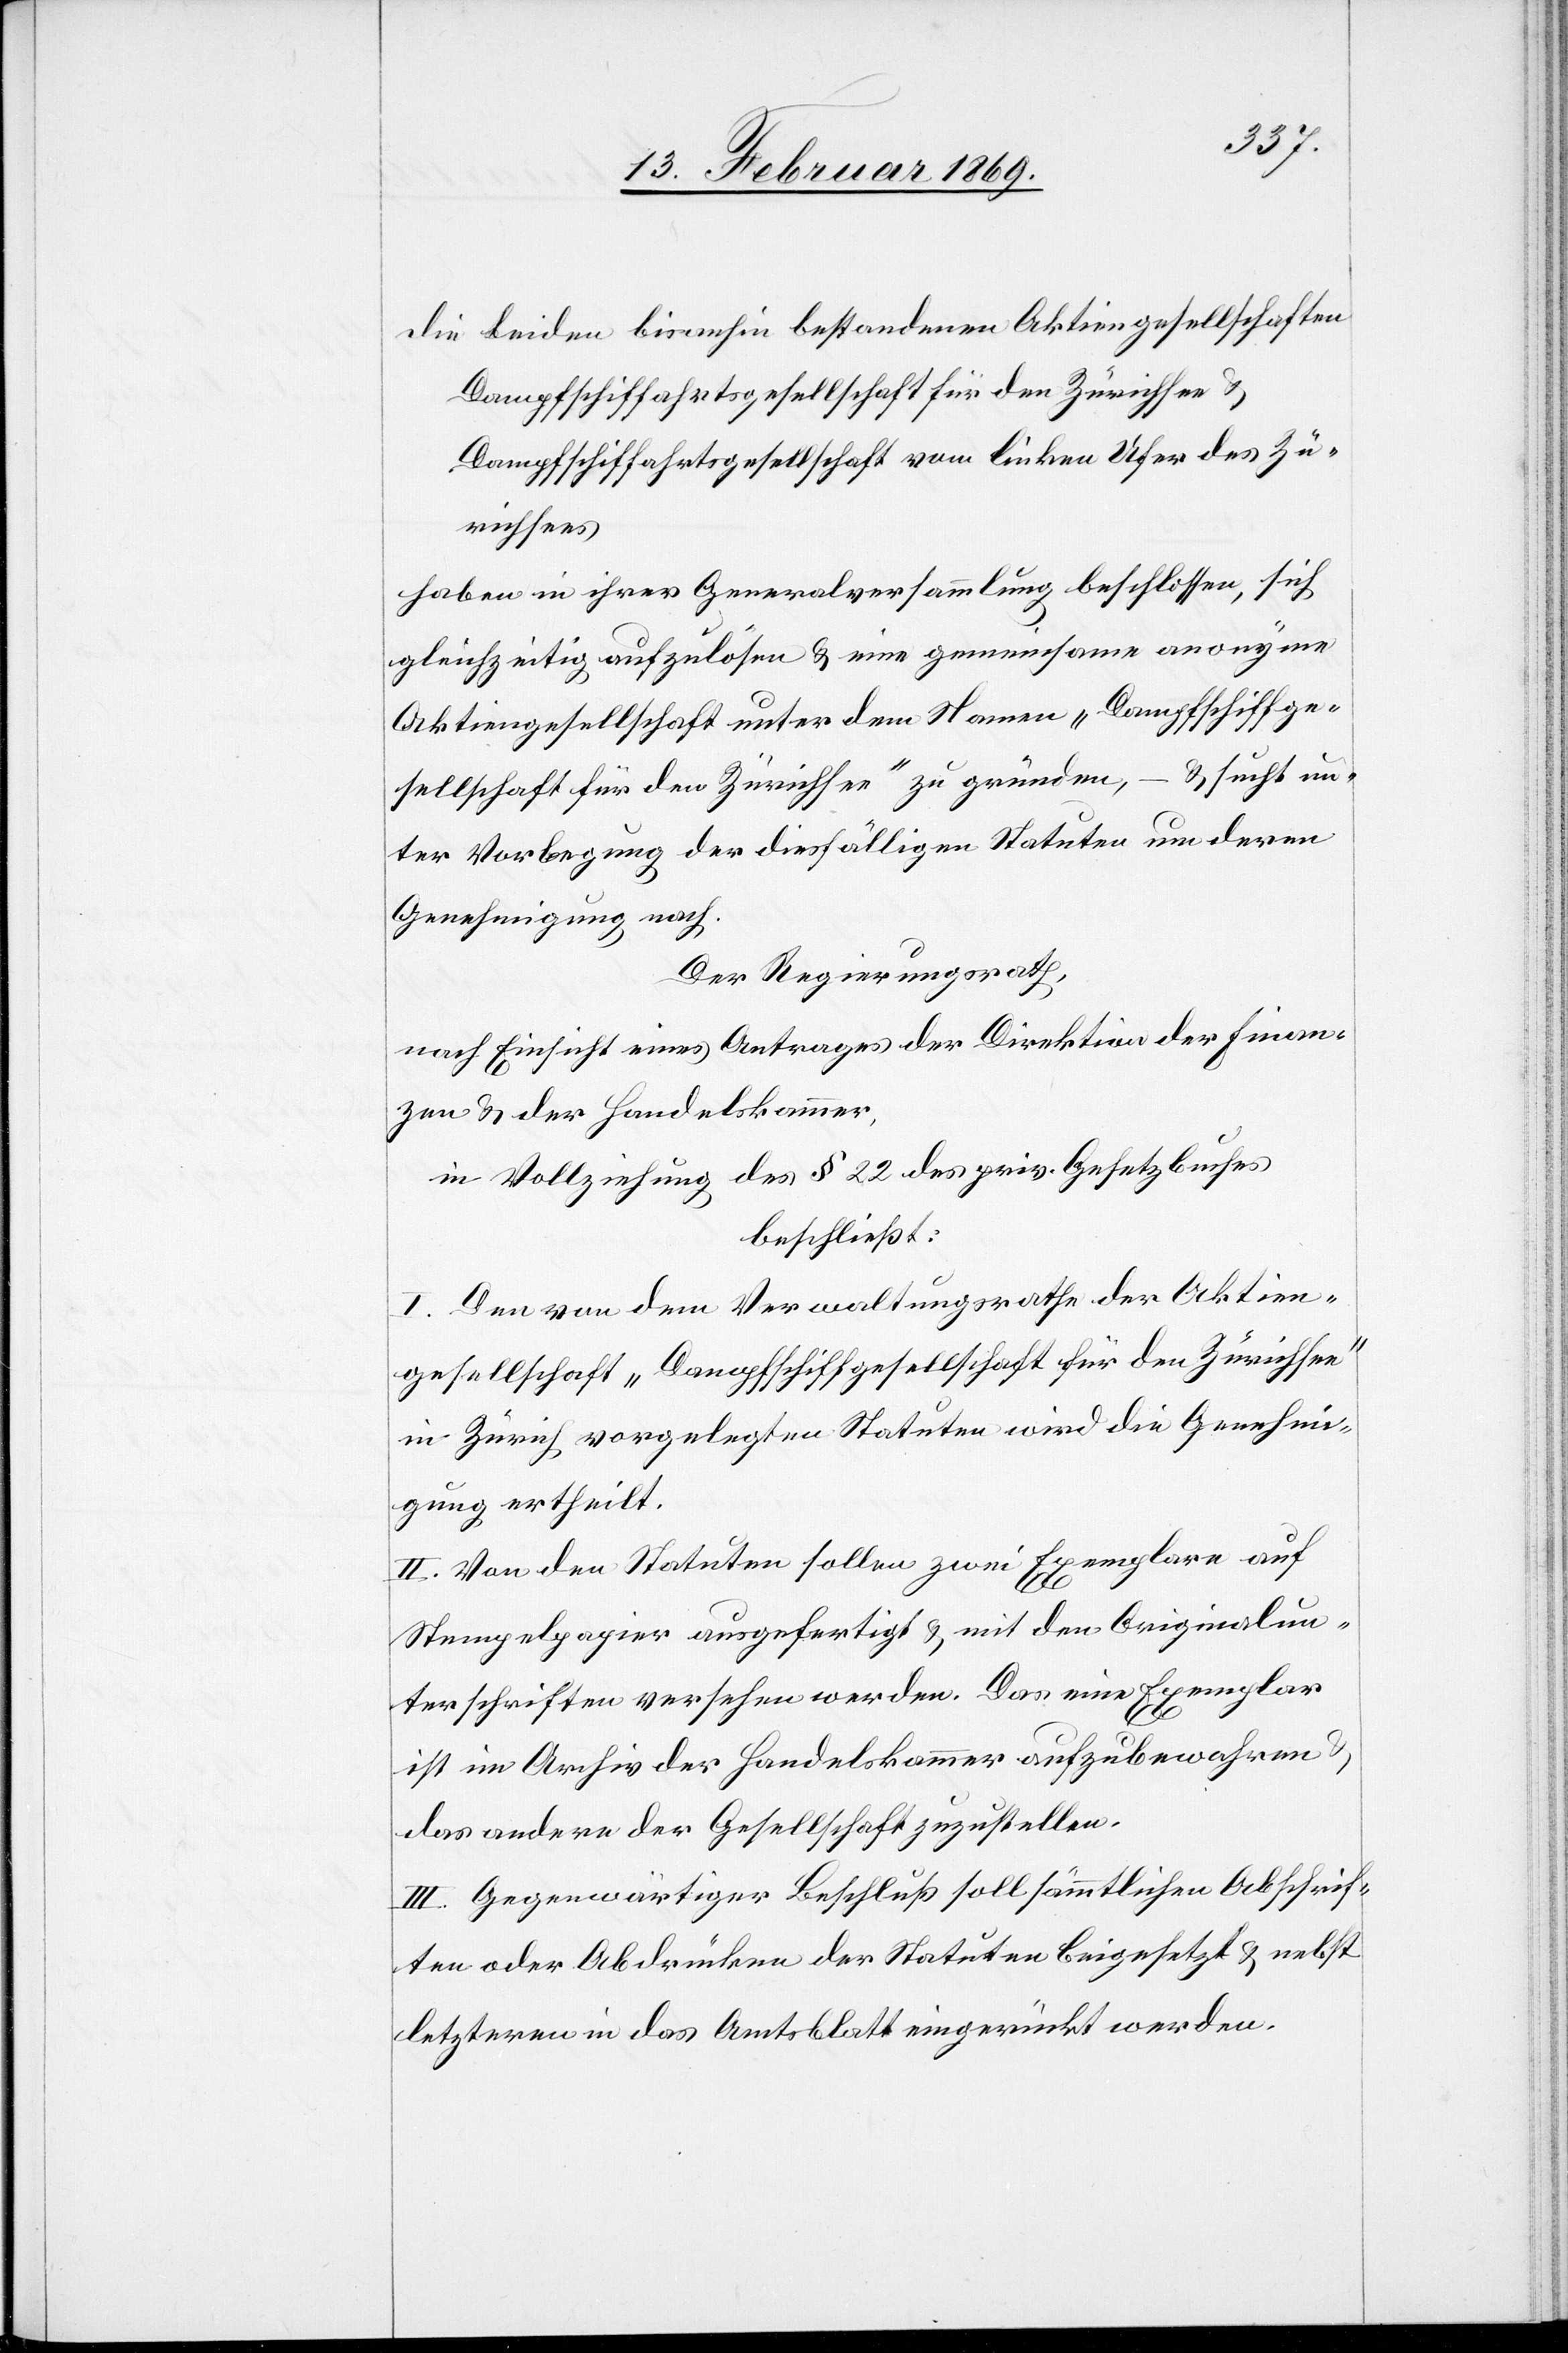
Die beiden bisanhin bestandenen Aktiengesellschaften
Dampfschiffgesellschaft für den Zürichsee u.
Dampfschiffgesellschaft vom linken Ufer des Zü¬
richsees
haben in ihrer Generalversammlung beschlossen, sich
gleichzeitig aufzulösen u. eine gemeinsame anonyme
Aktiengesellschaft unter dem Namen „Dampfschiffge¬
u. sucht un¬
–
sellschaft für den Zürichsee“ zu gründen,
ter Vorlegung der diesfälligen Statuten um deren
Genehmigung nach.
Der Regierungsrath,
nach Einsicht eines Antrages der Direktion der Finan¬
zen u. der Handelskammer,
in Vollziehung des § 22 des priv. Gesetzbuches
beschließt:
I. Den von dem Verwaltungsrathe der Aktien¬
gesellschaft „Dampfschiffgesellschaft für den Zürichsee“
in Zürich vorgelegten Statuten wird die Genehmi¬
gung ertheilt.
II. Von den Statuten sollen zwei Exemplare auf
Stempelpapier ausgefertigt u. mit den Originalun¬
terschriften versehen werden. Das eine Exemplar
ist im Archiv der Handelskammer aufzubewahren
das andere der Gesellschaft zuzustellen.
III. Gegenwärtiger Beschluß soll sämmtlichen Abschrif¬
ten oder Abdrücken der Statuten beigesetzt u. nebst
letzteren in das Amtsblatt eingerückt werden.